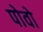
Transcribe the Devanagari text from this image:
पोवो